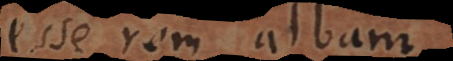
esse rem alb